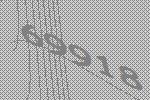
69918